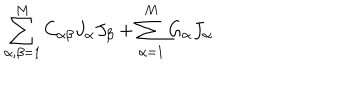
LaTeX: \sum _ { \alpha , \beta = 1 } ^ { M } C _ { \alpha \beta } J _ { \alpha } J _ { \beta } + \sum _ { \alpha = 1 } ^ { M } G _ { \alpha } J _ { \alpha }